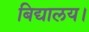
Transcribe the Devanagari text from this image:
बिद्यालय।